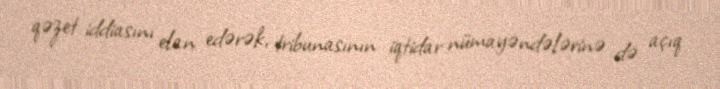
qəzet iddiasını elan edərək, tribunasının iqtidar nümayəndələrinə də açıq